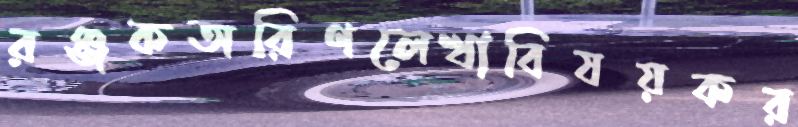
রঞ্জকঅরিণলেখাবিষয়কর